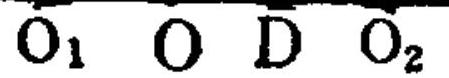
$\overline{O_1}\ \overline{O}\ \overline{D}\ \overline{O_2}$